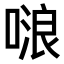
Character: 𠺘